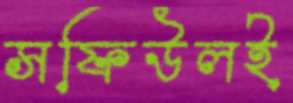
সফিউলই